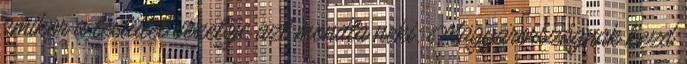
amikor a testület vezetője azt mondta neki: Magyarországnak kezd